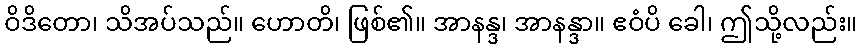
ဝိဒိတော၊ သိအပ်သည်။ ဟောတိ၊ ဖြစ်၏။ အာနန္ဒ၊ အာနန္ဒာ။ ဧဝံပိ ခေါ၊ ဤသို့လည်း။